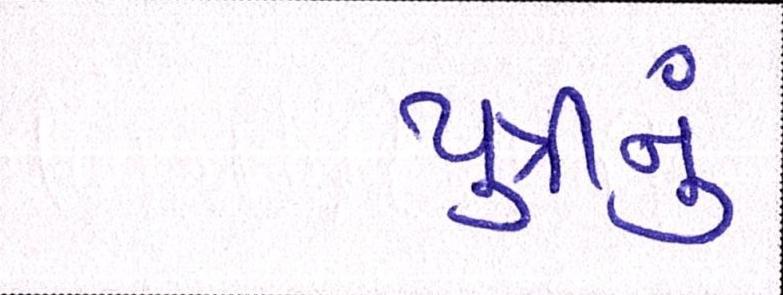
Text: પુત્રીનું